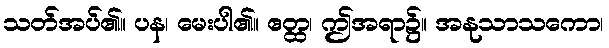
သတ်အပ်၏။ ပန၊ မေးပါ၏။ ဧတ္ထ၊ ဤအရာ၌။ အနုသာသကော၊